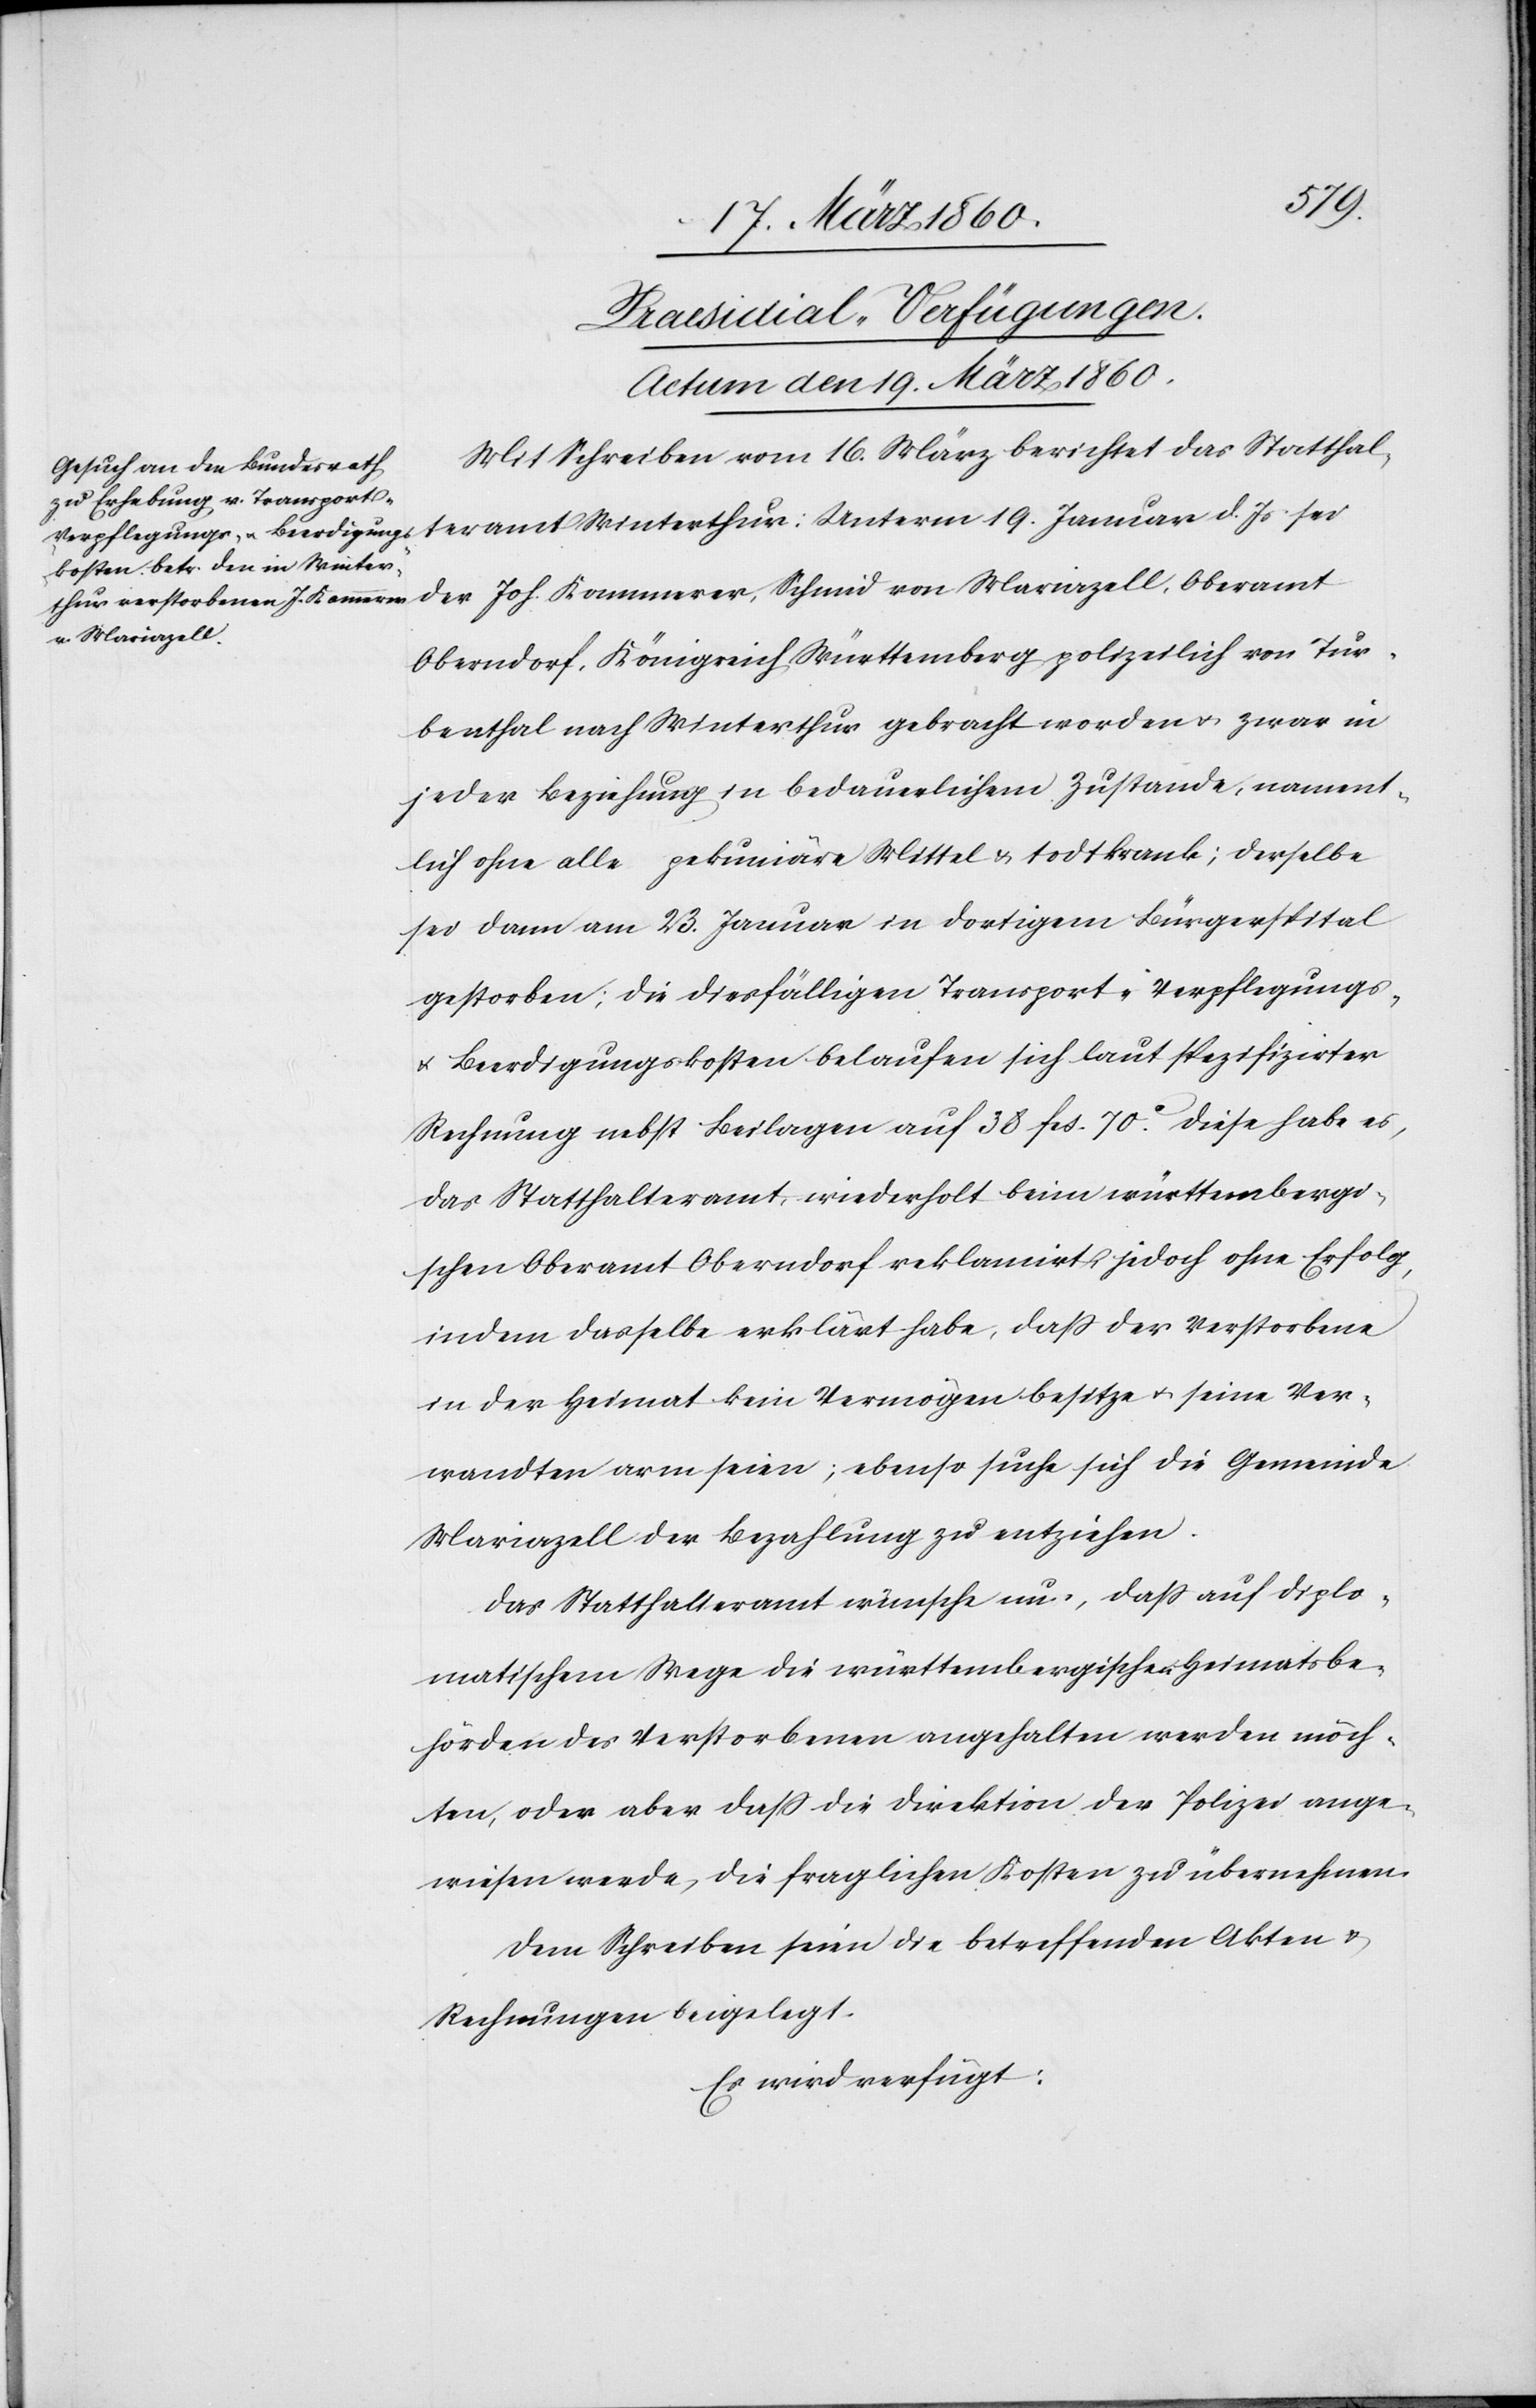
Praesidial-Verfügungen.
Actum den 19. März 1860.
Mit Schreiben vom 16. März berichtet das Statthal¬
teramt Winterthur: Unterm 19. Januar d. Js. sei
der Joh. Kammerer, Schmid von Marienzell, Oberamt
Oberndorf, Königreich Württemberg polizeilich von Tur¬
benthal nach Winterthur gebracht worden u. zwar in
jeder Beziehung in bedauerlichem Zustande, nament¬
lich ohne alle pekuniäre Mittel u. todtkrank; derselbe
sei dann am 23. Januar in dortigem Bürgerspital
gestorben; die diesfälligen Transport- Verpflegungs-
u. Beerdigungskosten belaufen sich laut spezifizirter
Rechnung nebst Beilagen auf 38 fcs. 70C Diese habe es,
das Statthalteramt, wiederholt beim württembergi¬
schen Oberamt Oberndorf reklamirt, jedoch ohne Erfolg,
indem dasselbe erklärt habe, dass der Verstorbene
in der Heimat kein Vermögen besitze u. seine Ver¬
wandten arm seien; ebenso suche sich die Gemeinde
Mariazell der Bezahlung zu entziehen.
Das Statthalteramt wünsche nun, dass auf diplo¬
matischem Wege die württembergischen Heimatsbe¬
hörden des Verstorbenen angehalten werden möch¬
ten, oder aber dass die Direktion der Polizei ange¬
wiesen werde, die fraglichen Kosten zu übernehmen.
Dem Schreiben seien die betreffenden Akten u.
Rechnungen beigelegt.
Es wird verfügt: